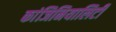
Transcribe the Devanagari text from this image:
कांजिनियालिटी